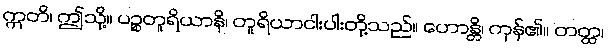
ဣတိ၊ ဤသို့။ ပဉ္စတူရိယာနိ၊ တူရိယာငါးပါးတို့သည်။ ဟောန္တိ၊ ကုန်၏။ တတ္ထ၊